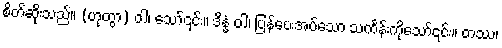
စိတ်ဆိုးသည်။ (ဟုတွာ) ဝါ၊ သော်၎င်း။ ဒိန္နံ ဝါ၊ ပြန်ပေးအပ်သော သင်္ကန်းကိုသော်၎င်း။ တဿ၊